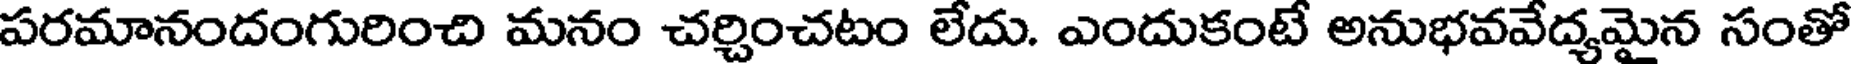
పరమానందంగురించి మనం చర్చించటం లేదు. ఎందుకంటే అనుభవవేద్యమైన సంతో